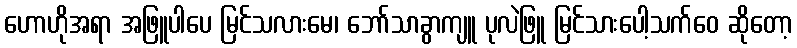
ဟောဟိုအရာ အဖြူပါပေ မြင်သလားမေ၊ ဘော်သာခွာကျူ ပုလဲဖြူ မြင်သားပေါ့သက်ဝေ ဆိုတော့